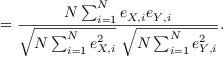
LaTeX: = { \frac { N \sum _ { i = 1 } ^ { N } e _ { X , i } e _ { Y , i } } { { \sqrt { N \sum _ { i = 1 } ^ { N } e _ { X , i } ^ { 2 } } } ~ { \sqrt { N \sum _ { i = 1 } ^ { N } e _ { Y , i } ^ { 2 } } } } } .